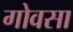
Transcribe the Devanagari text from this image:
गोवसा